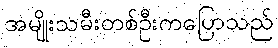
အမျိုးသမီးတစ်ဦးကပြောသည်